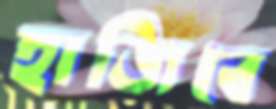
হাজিবে